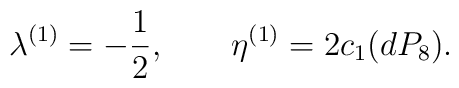
\lambda^{(1)}=-\frac{1}{2}, \qquad \eta^{(1)}=2c_{1}(dP_{8}).